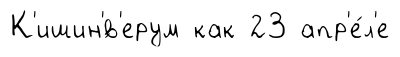
К'ишин'́в'ерум как 23 апр'е́л'е